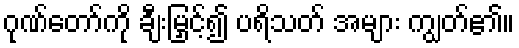
ဂုဏ်တော်ကို ချီးမြှင့်၍ ပရိသတ် အများ ကျွတ်၏။